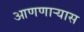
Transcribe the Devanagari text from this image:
आणणार्‍यास